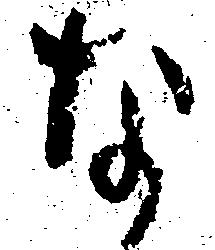
な